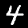
Label: 4